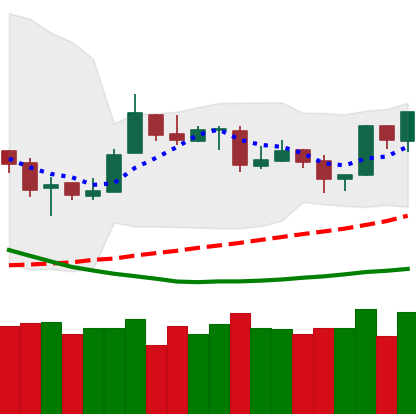
Ticker: ETH-USD
Chart end date: 2019-03-29
Forward return: 13.307%
Label: up_7plus